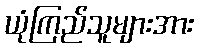
ယုံကြည်သူများအား